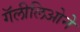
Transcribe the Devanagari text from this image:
गॅलीलिओने